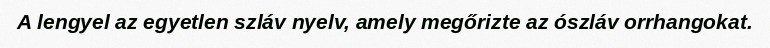
A lengyel az egyetlen szláv nyelv, amely megőrizte az ószláv orrhangokat.